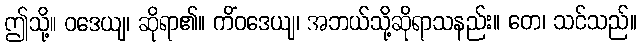
ဤသို့။ ဝဒေယျ၊ ဆိုရာ၏။ ကိံဝဒေယျ၊ အဘယ်သို့ဆိုရာသနည်း။ တေ၊ သင်သည်။